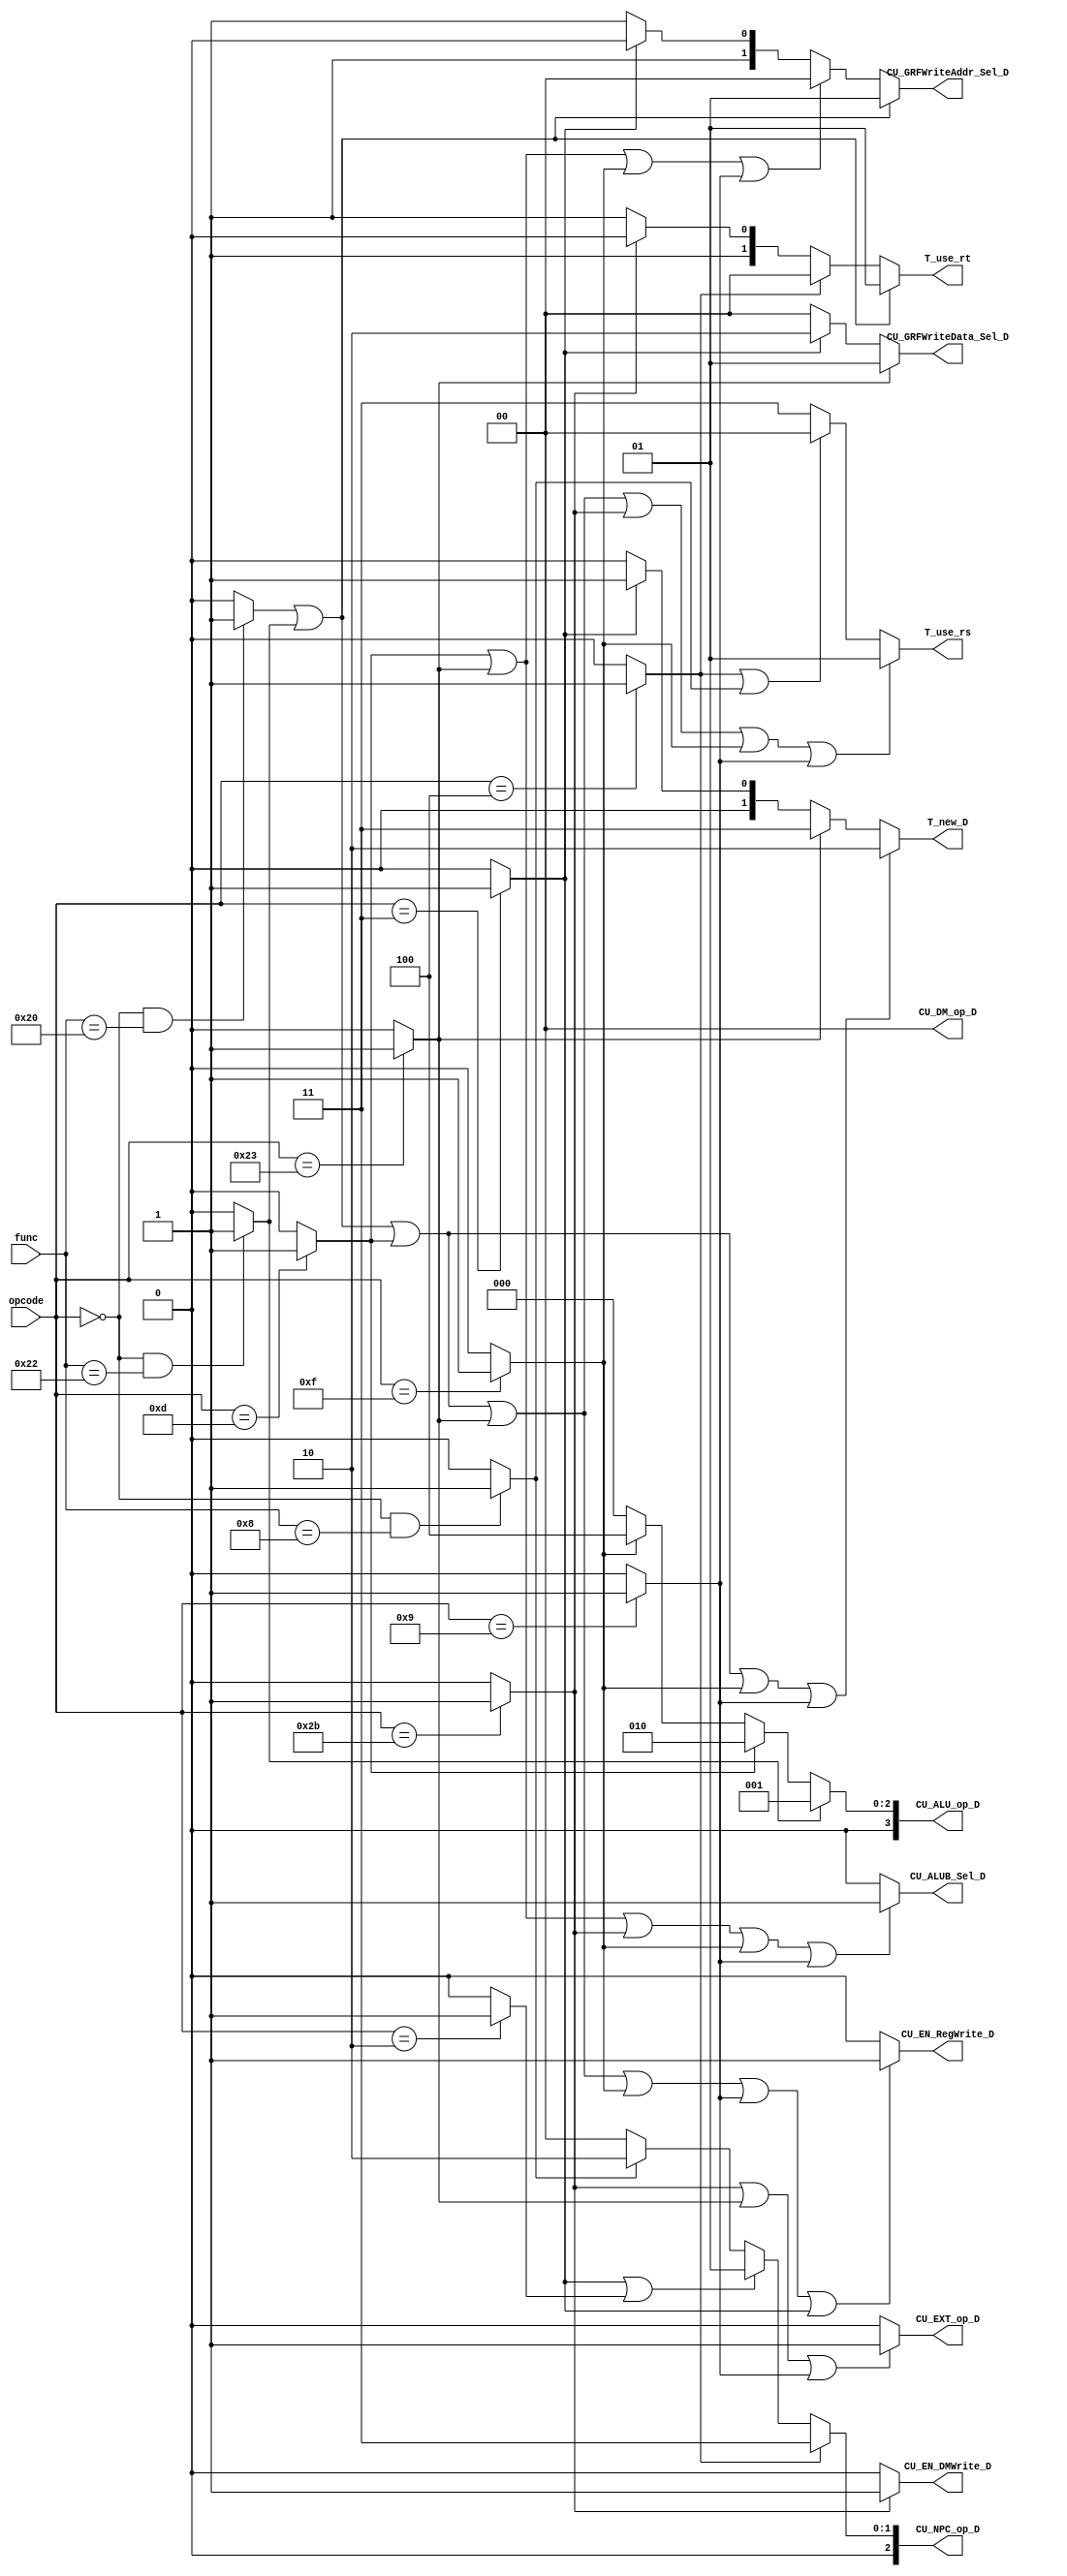
`timescale 1ns / 1ps
//-----------------------------------------------------------------------------------------------------------------
`define npcPC4    3'b000
`define npcJal    3'b001
`define npcJr     3'b010
`define npcBranch 3'b011

`define aluAdd    4'b0000
`define aluSub    4'b0001
`define aluOr     4'b0010
`define aluAnd    4'b0011
`define aluLui    4'b0100

`define dmWord    2'b00
`define dmByte    2'b01
`define dmHalf    2'b10

`define ALUout    2'b00
`define DMout     2'b01
`define PC8       2'b10

`define Rt        2'b00
`define Rd        2'b01
`define RA        2'b10
`define Zero      2'b11
//--------------------------------------------------------------------------------------------------------------


//--------------------------------------------------------------------------------------------------------
module MCU(
    input [5:0] opcode,
    input [5:0] func,

    output [2:0] CU_NPC_op_D,
    output [3:0] CU_ALU_op_D,
    output CU_EXT_op_D,
    output [1:0] CU_DM_op_D,
    
    output CU_EN_RegWrite_D,
    output CU_EN_DMWrite_D,
    
    output [1:0] CU_GRFWriteData_Sel_D,
    output [1:0] CU_GRFWriteAddr_Sel_D,
    output CU_ALUB_Sel_D,

    output [1:0] T_use_rs,
    output [1:0] T_use_rt,
    output [1:0] T_new_D    
    );
//----------------------------------------------------------------------------------------------------
    
    
//instr_wire----------------------------------------------------------------------------------------------------   
    wire add = (opcode == 6'b000000 && func == 6'b100000) ? 1 : 0;;
    wire sub = (opcode == 6'b000000 && func == 6'b100010) ? 1 : 0;
    wire ori = (opcode == 6'b001101) ? 1 : 0;
    wire lw = (opcode == 6'b100011) ? 1 : 0;
    wire sw = (opcode == 6'b101011) ? 1 : 0;
    wire beq = (opcode == 6'b000100) ? 1 : 0;
    wire lui = (opcode == 6'b001111) ? 1 : 0;
    wire addiu = (opcode == 6'b001001) ? 1 : 0;
    wire jal = (opcode == 6'b000011) ? 1 : 0;
    wire jr = (opcode == 6'b000000 && func == 6'b001000) ? 1 : 0;
    wire j = (opcode == 6'b000010) ? 1 : 0;
//--------------------------------------------------------------------------------------------------------------


//op_signal------------------------------------------------------------------------------------------------------------
    assign CU_NPC_op_D = (beq) ? `npcBranch :
                         (jal | j) ? `npcJal :
                         (jr) ? `npcJr :
                                `npcPC4;

    assign CU_ALU_op_D = (sub) ? `aluSub :
                         (ori) ? `aluOr :
                         (lui) ? `aluLui :
                                 `aluAdd;
    
    assign CU_EXT_op_D = (sw | lw | addiu) ? 1 : 0;
    
    assign CU_DM_op_D = `dmWord;
//---------------------------------------------------------------------------------------------------------------------    
    
    
//en_signal--------------------------------------------------------------------------------------------------------    
    assign CU_EN_RegWrite_D = (add | sub | ori | lw | lui | addiu | jal) ? 1 : 0;
    
    assign CU_EN_DMWrite_D = (sw) ? 1 : 0;
//-----------------------------------------------------------------------------------------------------------------


//sel_signal------------------------------------------------------------------------------------------------------
    assign CU_GRFWriteData_Sel_D = (lw) ? `DMout :
                                   (jal) ? `PC8 :
                                           `ALUout;

    assign CU_GRFWriteAddr_Sel_D = (add | sub) ? `Rd :
                                   (ori | lw | lui | addiu) ? `Rt :
                                   (jal) ? `RA :
                                           `Zero;

    assign CU_ALUB_Sel_D = (ori | lw | sw | lui | addiu) ? 1 : 0;
//-----------------------------------------------------------------------------------------------------------------


//T_signal----------------------------------------------------------------------------------------------------------
    assign T_use_rs = (add | sub | ori | lw | sw | lui | addiu) ? 2'b01 :
                      (beq | jr) ? 2'b00 :
                                   2'b11;

    assign T_use_rt = (add | sub) ? 2'b01 :
                      (beq) ? 2'b00 :
                      (sw) ? 2'b10 :
                             2'b11;

    assign T_new_D = (add | sub | ori | lui | addiu) ? 2'b10 :
                     (lw) ? 2'b11 :
                     (jal) ? 2'b01 :
                             2'b00;
//----------------------------------------------------------------------------------------------------------------------
                             
endmodule